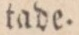
tade.